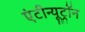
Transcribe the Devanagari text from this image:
एंटीन्यूट्रॉन